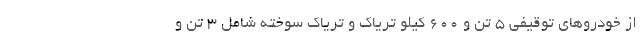
از خودروهای توقیفی 5 تن و 600 کیلو تریاک و تریاک سوخته شامل 3 تن و